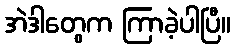
အဲဒါတွေက ကြာခဲ့ပါပြီ။